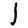
Digit: 1